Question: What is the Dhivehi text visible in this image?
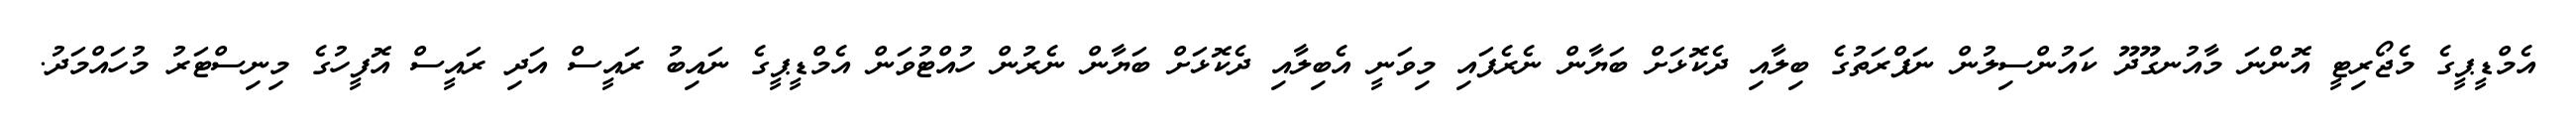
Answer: އެމްޑީޕީގެ މެޖޯރިޓީ އޮންނަ މާއުނގޫދޫ ކައުންސިލުން ނަފްރަތުގެ ބިލާއި ދެކޮޅަށް ބަޔާން ނެރެފައި މިވަނީ އެބިލާއި ދެކޮޅަށް ބަޔާން ނެރުން ހުއްޓުވަން އެމްޑީޕީގެ ނައިބު ރައީސް އަދި ރައީސް އޮފީހުގެ މިނިސްޓަރު މުހައްމަދު.